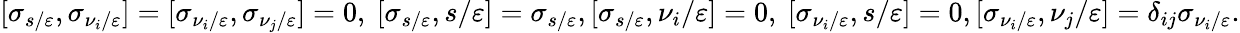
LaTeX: [\sigma_{s/\varepsilon},\sigma_{\nu_{i}/\varepsilon}]=[\sigma_{\nu_{i}/\varepsilon},\sigma_{\nu_{j}/\varepsilon}]=0,\ [\sigma_{s/\varepsilon},s/\varepsilon]=\sigma_{s/\varepsilon},[\sigma_{s/\varepsilon},\nu_{i}/\varepsilon]=0,\ [\sigma_{\nu_{i}/\varepsilon},s/\varepsilon]=0,[\sigma_{\nu_{i}/\varepsilon},\nu_{j}/\varepsilon]=\delta_{ij}\sigma_{\nu_{i}/\varepsilon}.